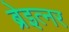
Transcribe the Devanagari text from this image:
ब्रेइत्नर